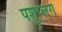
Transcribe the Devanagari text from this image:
पशुप्लेग